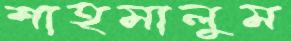
শাহমালুম